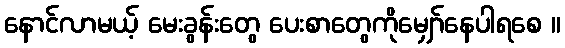
နောင်လာမယ့် မေးခွန်းတွေ ပေးစာတွေကိုမျှော်နေပါရစေ ။